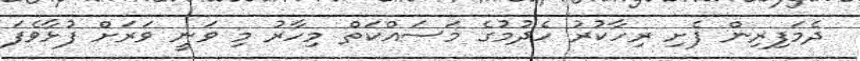
ދެމަފިރިން ފެށި ރިހާކުރު ހެދުމުގެ މަސައްކަތް މިހާރު މި ވަނީ ވަރަށް ފުޅާވެފަ